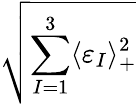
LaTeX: \sqrt{\displaystyle\sum_{I=1}^{3}\langle\varepsilon_{I}\rangle_{+}^{2}}